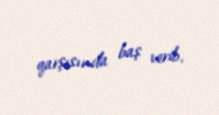
qarşısında baş verib.